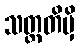
သတ္တတိမှိ